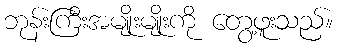
ဘုန်းကြီးအမျိုးမျိုးကို တွေ့ဖူးသည်။